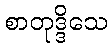
စာတုဒ္ဒိသေ